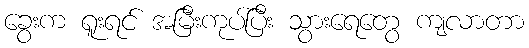
ခွေးက ရူးရင် အမြီးကုပ်ပြီး သွားရေတွေ ကျလာတာ